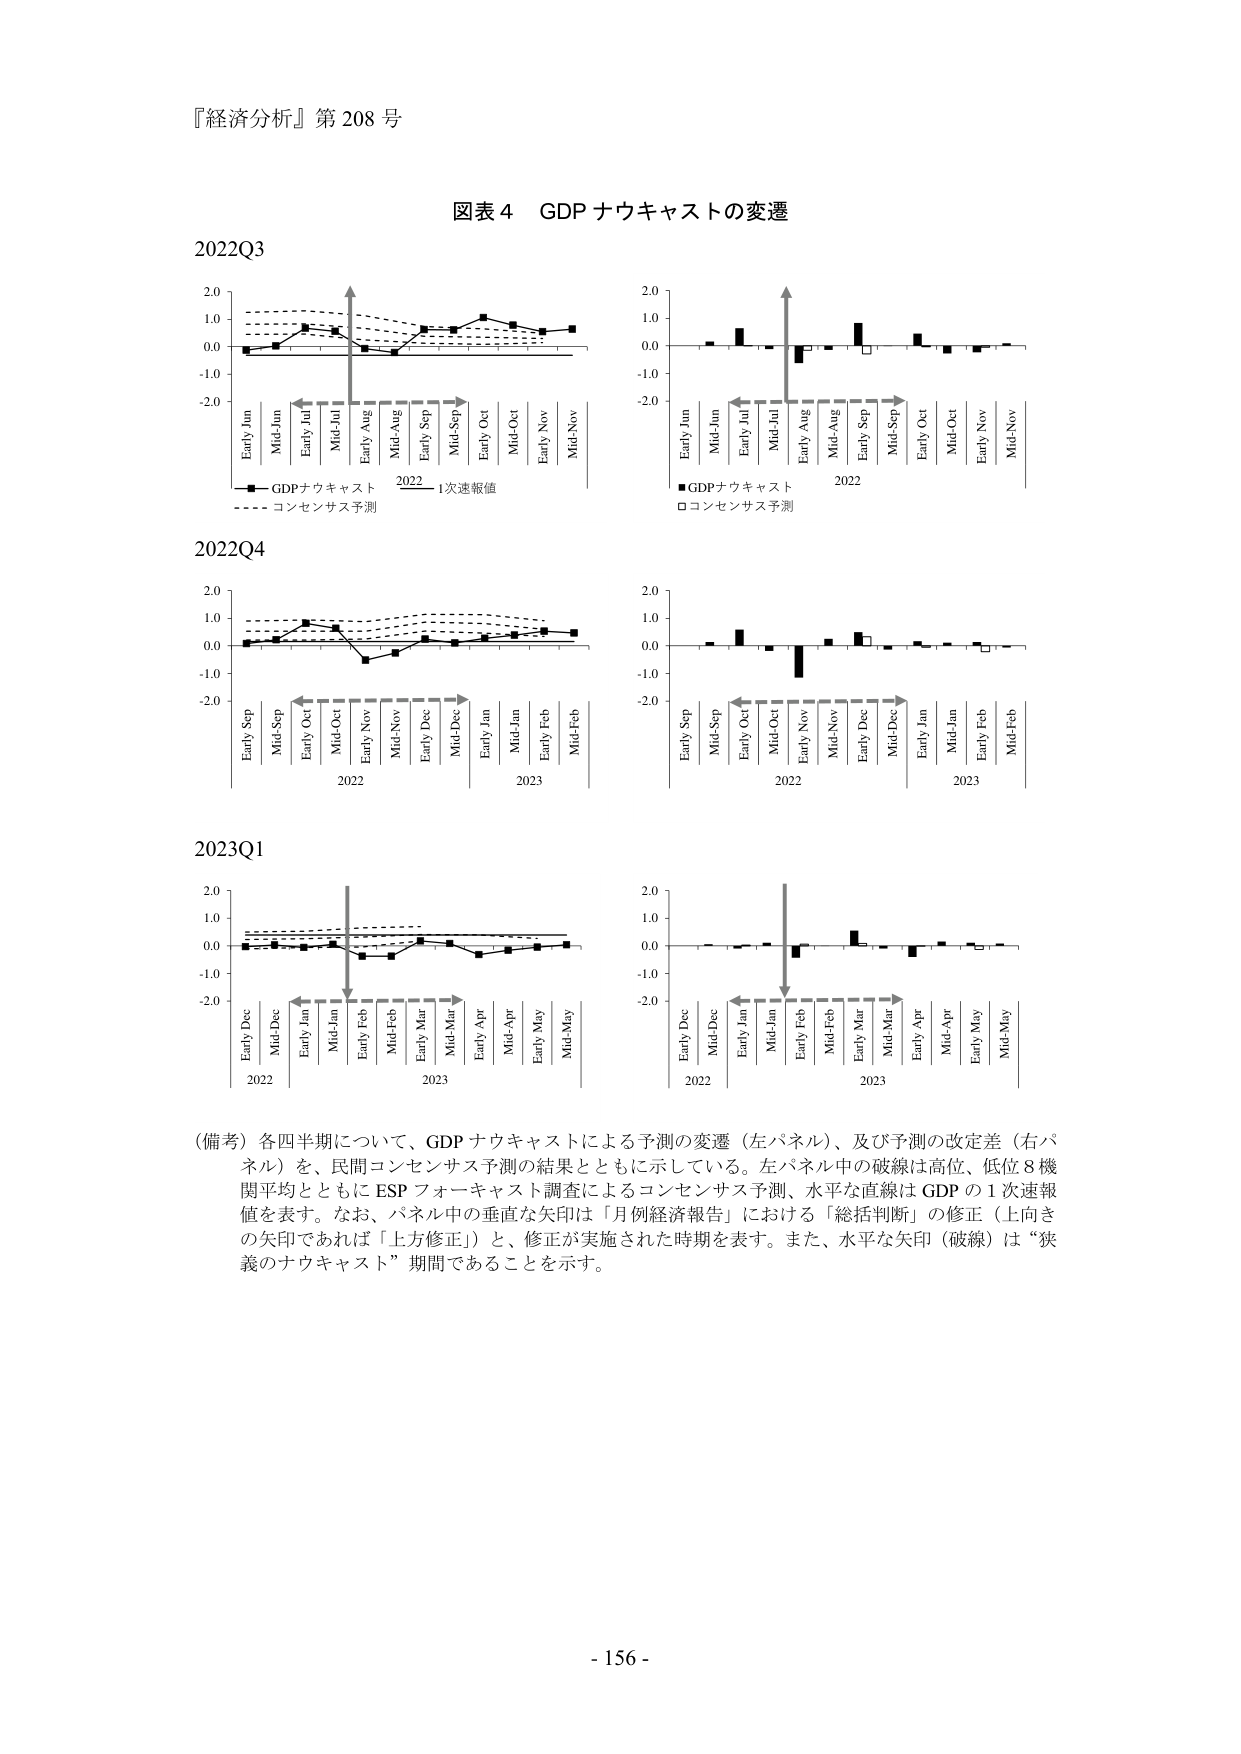
『経済分析』第 208 号

図表 4 GDP ナウキャストの変遷

2022Q3

Early Jun
Mid-Jun
Early Jul
Mid-Jul
Early Aug
Mid-Aug
Early Sep
Mid-Sep
Early Oct
Mid-Oct
Early Nov
Mid-Nov

GDPナウキャスト
コンセンサス予測
2022 1次速報値

Early Jun
Mid-Jun
Early Jul
Mid-Jul
Early Aug
Mid-Aug
Early Sep
Mid-Sep
Early Oct
Mid-Oct
Early Nov
Mid-Nov

GDPナウキャスト
コンセンサス予測
2022

2022Q4

Early Sep
Mid-Sep
Early Oct
Mid-Oct
Early Nov
Mid-Nov
Early Dec
Mid-Dec
Early Jan
Mid-Jan
Early Feb
Mid-Feb

2022
2023

Early Sep
Mid-Sep
Early Oct
Mid-Oct
Early Nov
Mid-Nov
Early Dec
Mid-Dec
Early Jan
Mid-Jan
Early Feb
Mid-Feb

2022
2023

2023Q1

Early Dec
Mid-Dec
Early Jan
Mid-Jan
Early Feb
Mid-Feb
Early Mar
Mid-Mar
Early Apr
Mid-Apr
Early May
Mid-May

2022
2023

Early Dec
Mid-Dec
Early Jan
Mid-Jan
Early Feb
Mid-Feb
Early Mar
Mid-Mar
Early Apr
Mid-Apr
Early May
Mid-May

2022
2023

（備考）各四半期について、GDP ナウキャストによる予測の変遷（左パネル）、及び予測の改定差（右パネル）を、民間コンセンサス予測の結果とともに示している。左パネル中の破線は高位、低位 8 機関平均とともに ESP フォーキャスト調査によるコンセンサス予測、水平な直線は GDP の 1 次速報値を表す。なお、パネル中の垂直な矢印は「月例経済報告」における「総括判断」の修正（上向きの矢印であれば「上方修正」）と、修正が実施された時期を表す。また、水平な矢印（破線）は“狭義のナウキャスト”期間であることを示す。

- 156 -